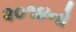
૨૦૧૪નો